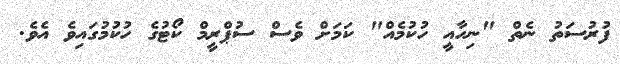
ފުރުސަތު ނެތް "ނިހާއީ ހުކުމެއް" ކަމަށް ވެސް ސުޕްރީމް ކޯޓުގެ ހުކުމުގައިވެ އެވެ.